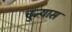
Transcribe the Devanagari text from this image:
चुन्यास